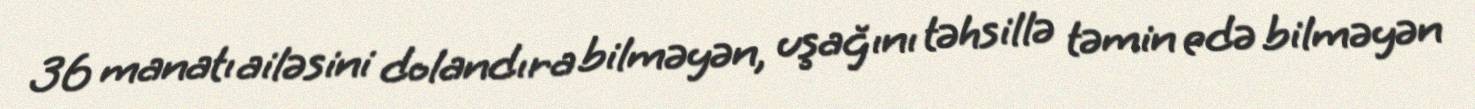
36 manatı ailəsini dolandıra bilməyən, uşağını təhsillə təmin edə bilməyən